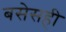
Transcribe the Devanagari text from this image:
बसेसही